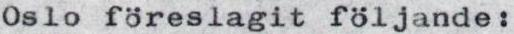
Oslo föreslagit följande: